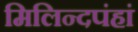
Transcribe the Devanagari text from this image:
मिलिन्दपंहां